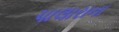
પાલારાના